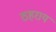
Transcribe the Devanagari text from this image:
ठहराय